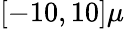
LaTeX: \left[-10,10\right]\mu